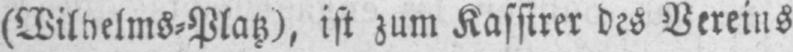
(Wilhelms⸗Platz), ist zum Kassirer des Vereins